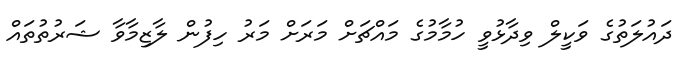
ދައުލަތުގެ ވަކީލް ވިދާޅުވީ ހުމާމުގެ މައްޗަށް މަރަށް މަރު ހިފުން ލާޒިމާވާ ޝަރުތުތައް